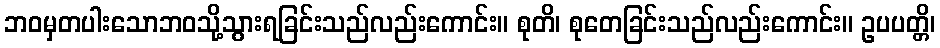
ဘဝမှတပါးသောဘဝသို့သွားရခြင်းသည်လည်းကောင်း။ စုတိ၊ စုတေခြင်းသည်လည်းကောင်း။ ဥပပတ္တိ၊